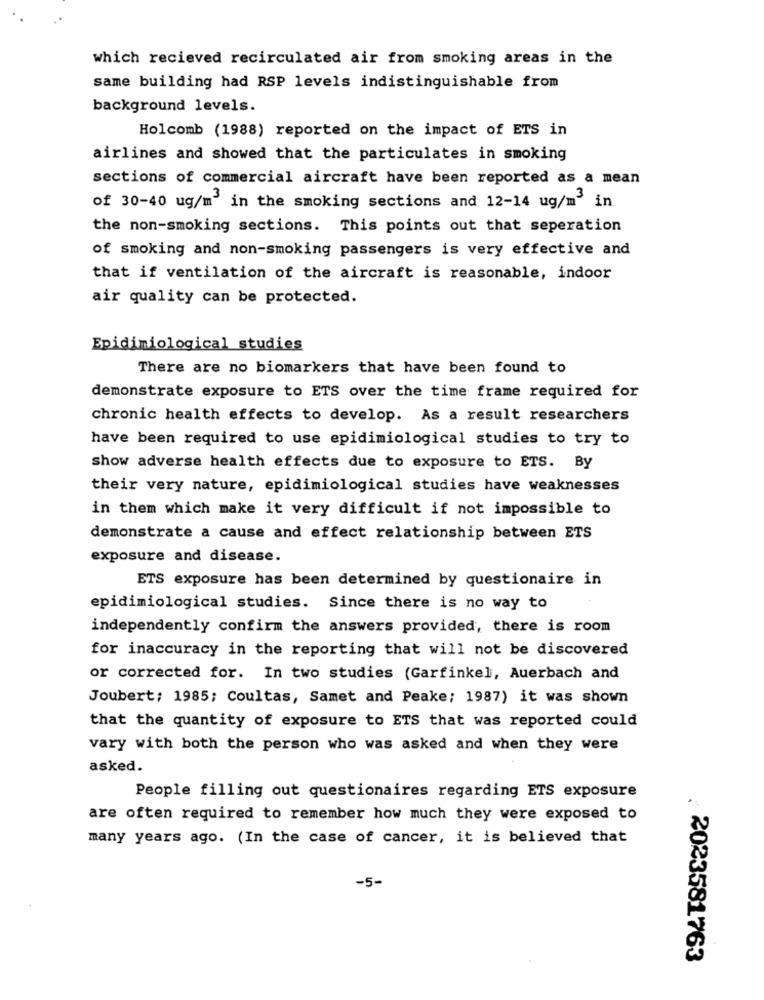
which recieved recirculated air from smoking areas in the
same building had RSP levels indistinguishable from
background levels.
Holcomb (1988) reported on the impact of ETS in
airlines and showed that the particulates in smoking
sections of commercial aircraft have been reported as a mean
of 30-40 ug/m3 in the smoking sections and 12-14 ug/m3 in
the non-smoking sections. This points out that seperation
of smoking and non-smoking passengers is very effective and
that if ventilation of the aircraft is reasonable, indoor
air quality can be protected.
Epidimiological studies
There are no biomarkers that have been found to
demonstrate exposure to ETS over the time frame required for
chronic health effects to develop. As a result researchers
have been required to use epidimiological studies to try to
show adverse health effects due to exposure to ETS. By
their very nature, epidimiological studies have weaknesses
in them which make it very difficult if not impossible to
demonstrate a cause and effect relationship between ETS
exposure and disease.
ETS exposure has been determined by questionaire in
epidimiological studies. Since there is no way to
independently confirm the answers provided, there is room
for inaccuracy in the reporting that will not be discovered
or corrected for. In two studies (Garfinkel, Auerbach and
Joubert; 1985; Coultas, Samet and Peake; 1987) it was shown
that the quantity of exposure to ETS that was reported could
vary with both the person who was asked and when they were
asked.
People filling out questionaires regarding ETS exposure
are often required to remember how much they were exposed to
many years ago. (In the case of cancer, it is believed that
-5-
2023581763